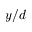
y / d